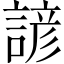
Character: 諺